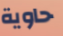
حاوية